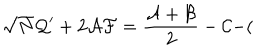
\sqrt { N } { \cal Q } ^ { \prime } + 2 { \cal A F } = \frac { { \cal A } + { \cal B } } { 2 } - { \cal C } - (